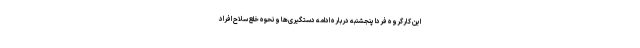
این کارگروه فردا پنجشنبه درباره ادامه دستگیری‌ها و نحوه خلع سلاح افراد